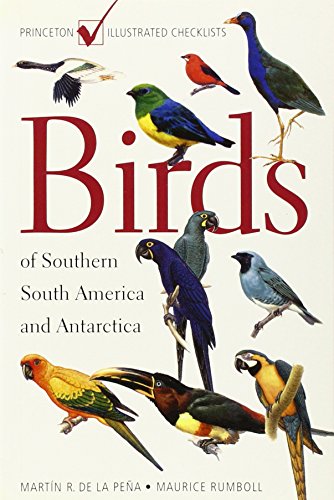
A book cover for Birds of Southern South America and Antarctica.; Martin R. de la PeÃ±a; Travel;